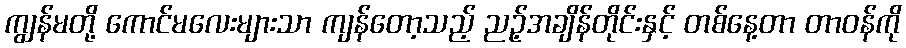
ကျွန်မတို့ ကောင်မလေးများသာ ကျန်တော့သည့် ညဉ့်အချိန်တိုင်းနှင့် တစ်နေ့တာ တာဝန်ကို